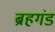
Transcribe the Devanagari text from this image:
ब्रहगंड